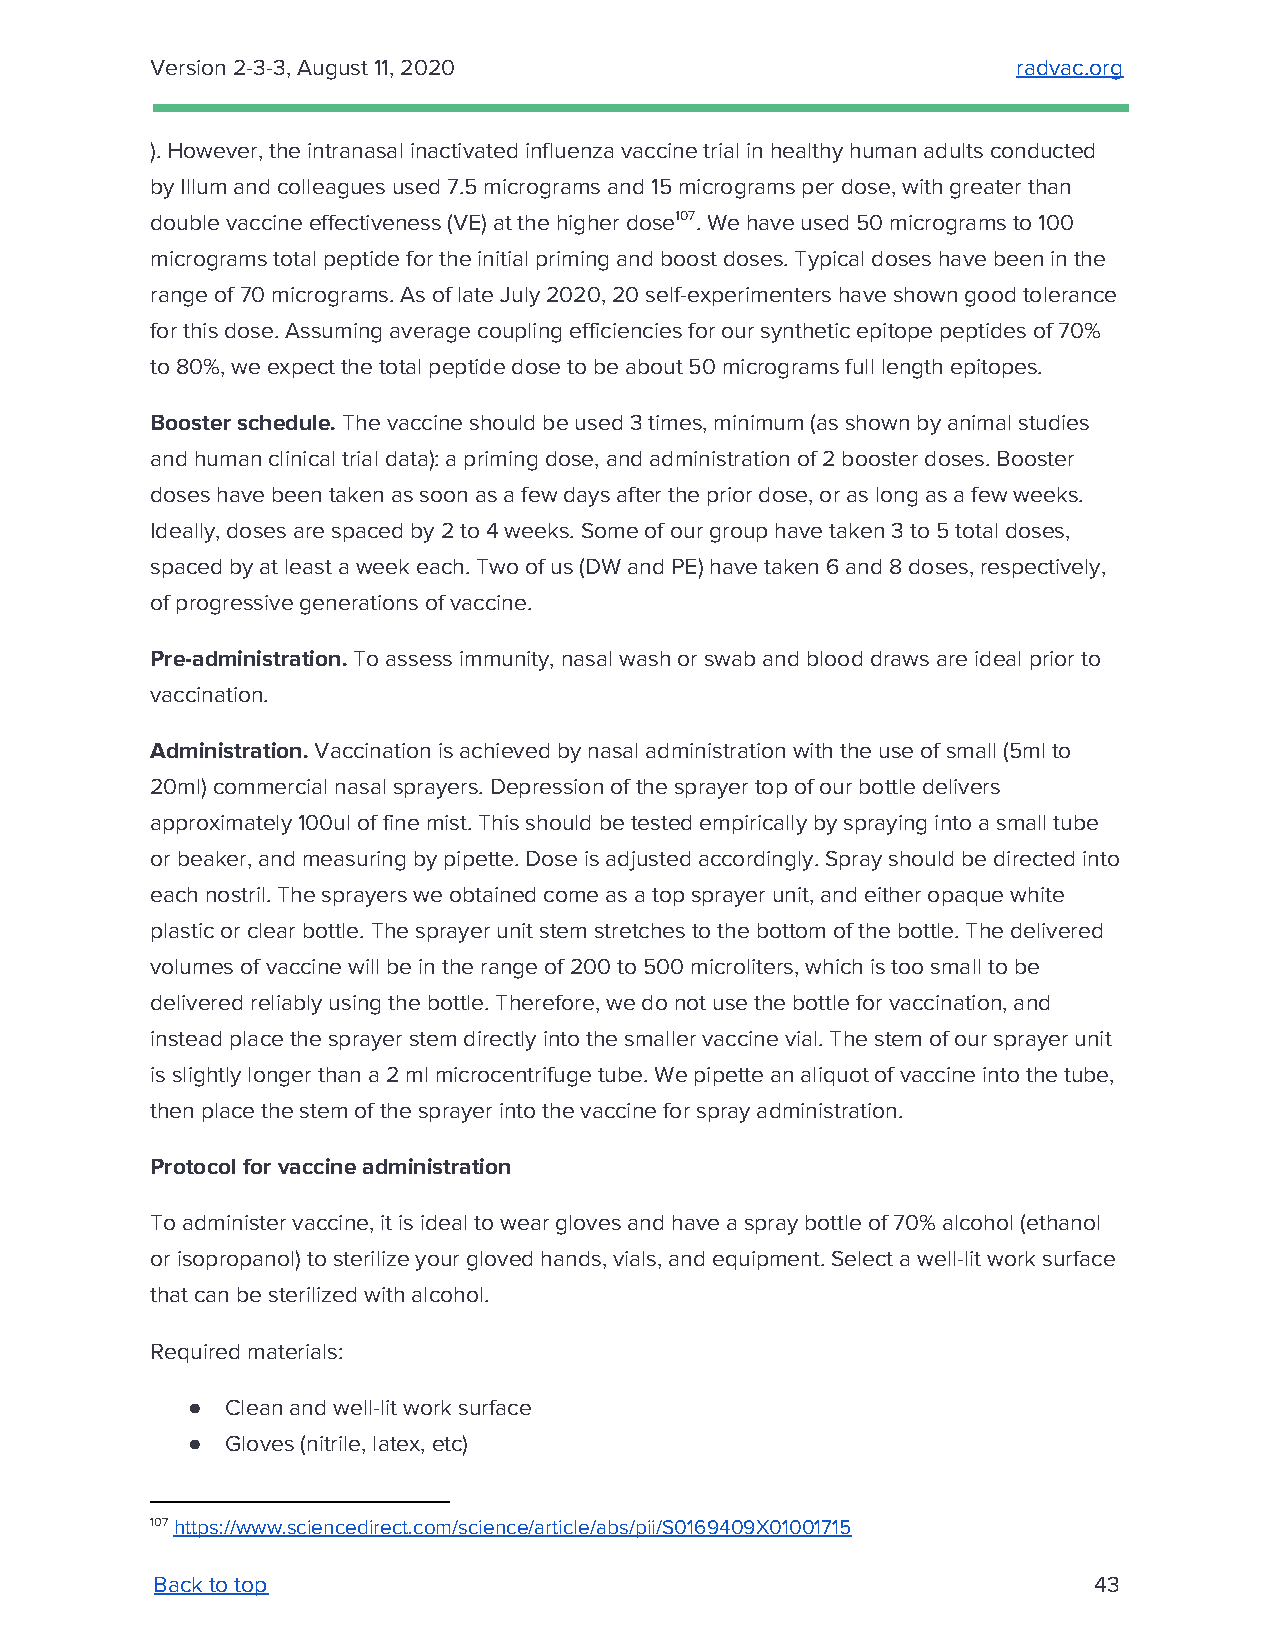
Version 2-3-3, August 11, 2020                           radvac.org
 ​
 ). However, the intranasal inactivated influenza vaccine trial in healthy human adults conducted
 by Illum and colleagues used 7.5 micrograms and 15 micrograms per dose, with greater than
 double vaccine effectiveness (VE) at the higher dose107. We have used 50 micrograms to 100
 micrograms total peptide for the initial priming and boost doses. Typical doses have been in the
 range of 70 micrograms. As of late July 2020, 20 self-experimenters have shown good tolerance
 for this dose. Assuming average coupling efficiencies for our synthetic epitope peptides of 70%
 to 80%, we expect the total peptide dose to be about 50 micrograms full length epitopes.
 Booster schedule. The vaccine should be used 3 times, minimum (as shown by animal studies
 ​
 and human clinical trial data): a priming dose, and administration of 2 booster doses. Booster
 doses have been taken as soon as a few days after the prior dose, or as long as a few weeks.
 Ideally, doses are spaced by 2 to 4 weeks. Some of our group have taken 3 to 5 total doses,
 spaced by at least a week each. Two of us (DW and PE) have taken 6 and 8 doses, respectively,
 of progressive generations of vaccine.
 Pre-administration. To assess immunity, nasal wash or swab and blood draws are ideal prior to
 ​
 vaccination.
 Administration. Vaccination is achieved by nasal administration with the use of small (5ml to
 ​
 20ml) commercial nasal sprayers. Depression of the sprayer top of our bottle delivers
 approximately 100ul of fine mist. This should be tested empirically by spraying into a small tube
 or beaker, and measuring by pipette. Dose is adjusted accordingly. Spray should be directed into
 each nostril. The sprayers we obtained come as a top sprayer unit, and either opaque white
 plastic or clear bottle. The sprayer unit stem stretches to the bottom of the bottle. The delivered
 volumes of vaccine will be in the range of 200 to 500 microliters, which is too small to be
 delivered reliably using the bottle. Therefore, we do not use the bottle for vaccination, and
 instead place the sprayer stem directly into the smaller vaccine vial. The stem of our sprayer unit
 is slightly longer than a 2 ml microcentrifuge tube. We pipette an aliquot of vaccine into the tube,
 then place the stem of the sprayer into the vaccine for spray administration.
 Protocol for vaccine administration
 To administer vaccine, it is ideal to wear gloves and have a spray bottle of 70% alcohol (ethanol
 or isopropanol) to sterilize your gloved hands, vials, and equipment. Select a well-lit work surface
 that can be sterilized with alcohol.
 Required materials:
 ●  Clean and well-lit work surface
 ●  Gloves (nitrile, latex, etc)
 107 https://www.sciencedirect.com/science/article/abs/pii/S0169409X01001715
 ​
 Back to top                                                   43